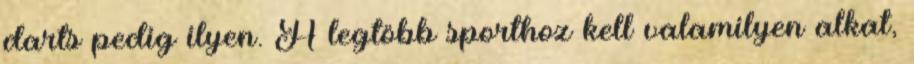
darts pedig ilyen. A legtöbb sporthoz kell valamilyen alkat,